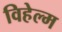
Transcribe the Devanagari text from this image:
विहेल्म